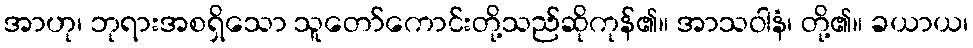
အာဟု၊ ဘုရားအစရှိသော သူတော်ကောင်းတို့သည်ဆိုကုန်၏။ အာသဝါနံ၊ တို့၏။ ခယာယ၊